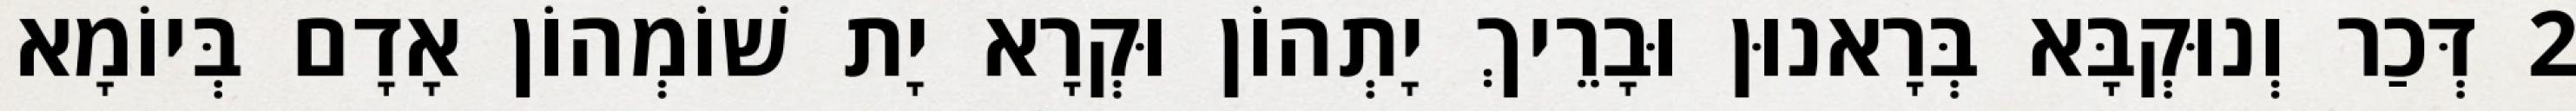
2 דְּכַר וְנוּקְבָּא בְּרָאנוּן וּבָרֵיךְ יָתְהוֹן וּקְרָא יָת שׁוֹמְהוֹן אָדָם בְּיוֹמָא